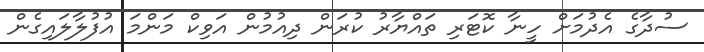
ސުދާގެ އެދުމަށް ހީނާ ކޮޓަރި ތައްޔާރު ކުރަން ދިއުމުން އަވިކް މަންމަ އުފުލާލައިގެން